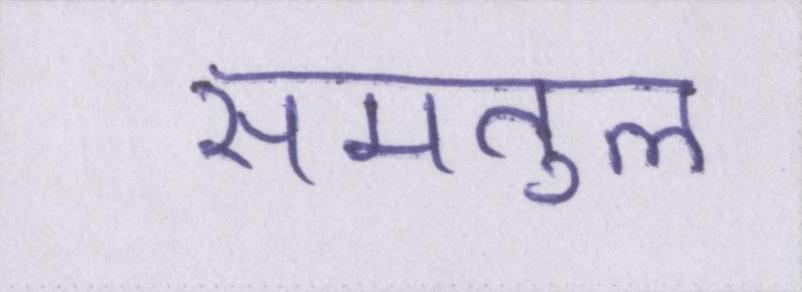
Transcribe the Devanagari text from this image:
समतुल